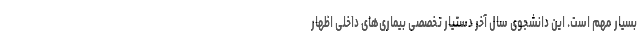
بسیار مهم است. این دانشجوی سال آخر دستیار تخصصی بیماری‌های داخلی اظهار